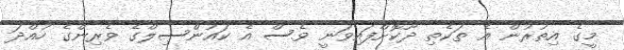
މީގެ އިތުރުން އެ ތަކެތި ދޫކޮށްފައިވަނީ ވެސް އެ ކައުންސިލްގެ ވެރިންގެ ހުއްދަ